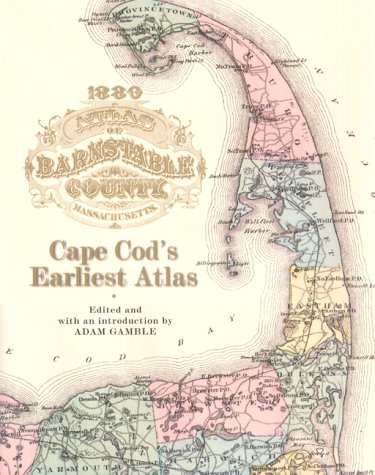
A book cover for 1880 Atlas of Barnstable County Massachusetts : Cape Cod's Earliest Atlas; Travel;